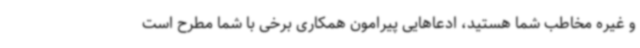
و غیره مخاطب شما هستید، ادعاهایی پیرامون همکاری برخی با شما مطرح است